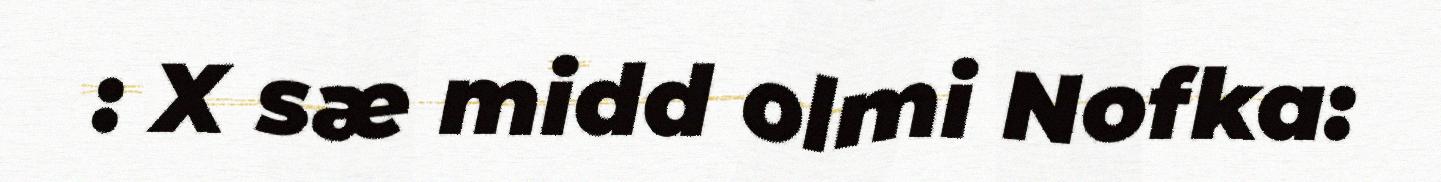
: X sæ midd olmi Nofka: